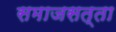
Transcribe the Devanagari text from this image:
समाजसत्ता